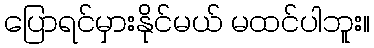
ပြောရင်မှားနိုင်မယ် မထင်ပါဘူး။